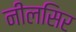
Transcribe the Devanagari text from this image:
नीलसिर